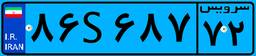
۴۶S۹۳۹۷۶